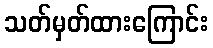
သတ်မှတ်ထားကြောင်း